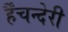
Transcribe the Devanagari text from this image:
र्हैंचन्देरी